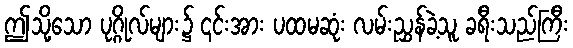
ဤသို့သော ပုဂ္ဂိုလ်များ၌ ၎င်းအား ပထမဆုံး လမ်းညွှန်ခဲ့သူ ခရီးသည်ကြီး